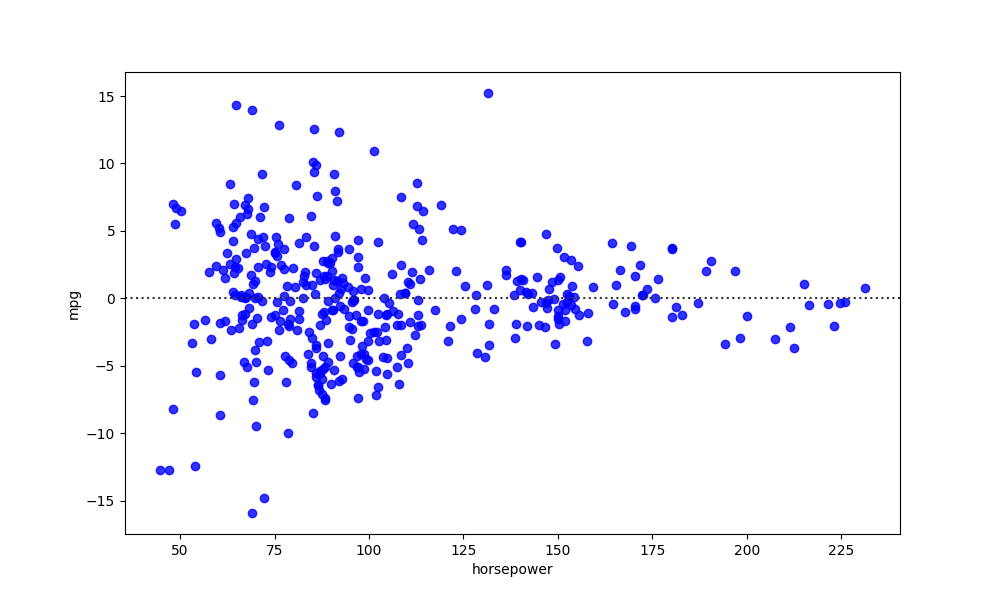
python, seaborn, residplot, lowess=False, scatter_color=blue